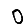
Digit: 0